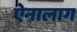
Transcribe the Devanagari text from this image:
ऐनालाग